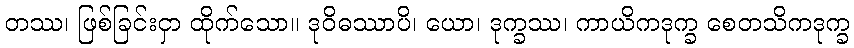
တဿ၊ ဖြစ်ခြင်းငှာ ထိုက်သော။ ဒုဝိဓဿာပိ၊ ယော၊ ဒုက္ခဿ၊ ကာယိကဒုက္ခ စေတသိကဒုက္ခ